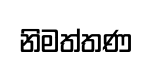
නිමත්තණ